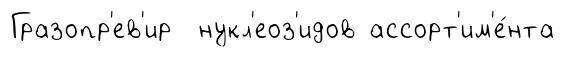
Гразопр'ев'ир нукл'еоз'идов ассорт'им'е́нта